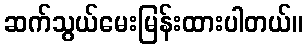
ဆက်သွယ်မေးမြန်းထားပါတယ်။